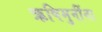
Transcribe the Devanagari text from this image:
ऋषिमुनींना